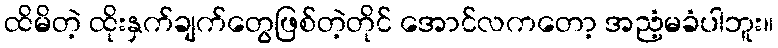
ထိမိတဲ့ ထိုးနှက်ချက်တွေဖြစ်တဲ့တိုင် အောင်လကတော့ အညံ့မခံပါဘူး။